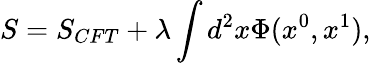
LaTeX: S=S_{CFT}+\lambda\int d^{2}x\Phi(x^{0},x^{1}),